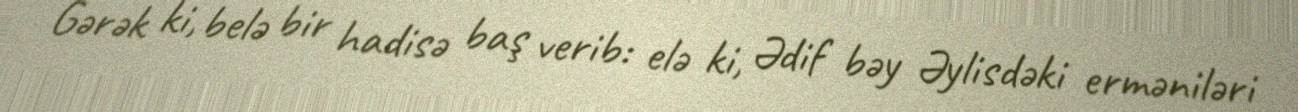
Gərək ki, belə bir hadisə baş verib: elə ki, Ədif bəy Əylisdəki erməniləri